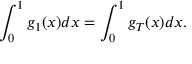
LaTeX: \int _ { 0 } ^ { 1 } g _ { 1 } ( x ) d x = \int _ { 0 } ^ { 1 } g _ { T } ( x ) d x .